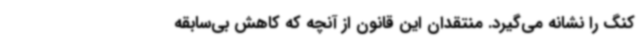
کنگ را نشانه می‌گیرد. منتقدان این قانون از آنچه که کاهش بی‌سابقه